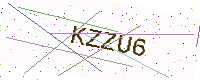
Text: KZZU6